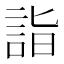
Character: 詣